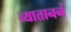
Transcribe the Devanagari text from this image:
व्यात्ताननं